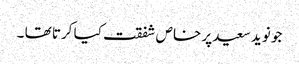
جو نوید سعید پر خاص شفقت کیا کرتا تھا ۔